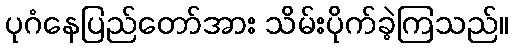
ပုဂံနေပြည်တော်အား သိမ်းပိုက်ခဲ့ကြသည်။